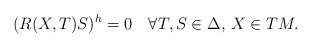
\begin{align*} (R(X,T)S)^h=0\quad\forall T,S\in\Delta,\, X\in TM. \end{align*}